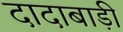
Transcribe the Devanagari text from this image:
दादाबाड़ी